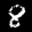
Label: 8